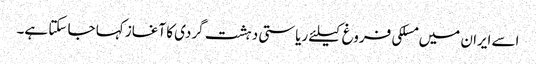
اسے ایران میں مسلکی فروغ کیلئے ریاستی دہشت گردی کا آغاز کہا جا سکتا ہے۔